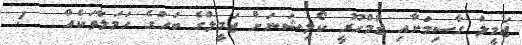
ޖަމީލް ގާސިމަށާއި ޖުމްހޫރީ ކޯލިޝަނަށް ޖަމީލްގެ ބަހުގެ ހަމަލާތަކެއް   !